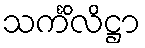
သင်္ကိလိဋ္ဌာ